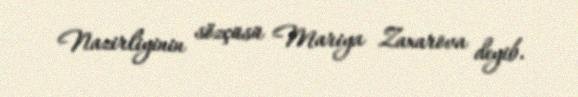
Nazirliyinin sözçüsü Mariya Zaxarova deyib.